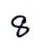
8